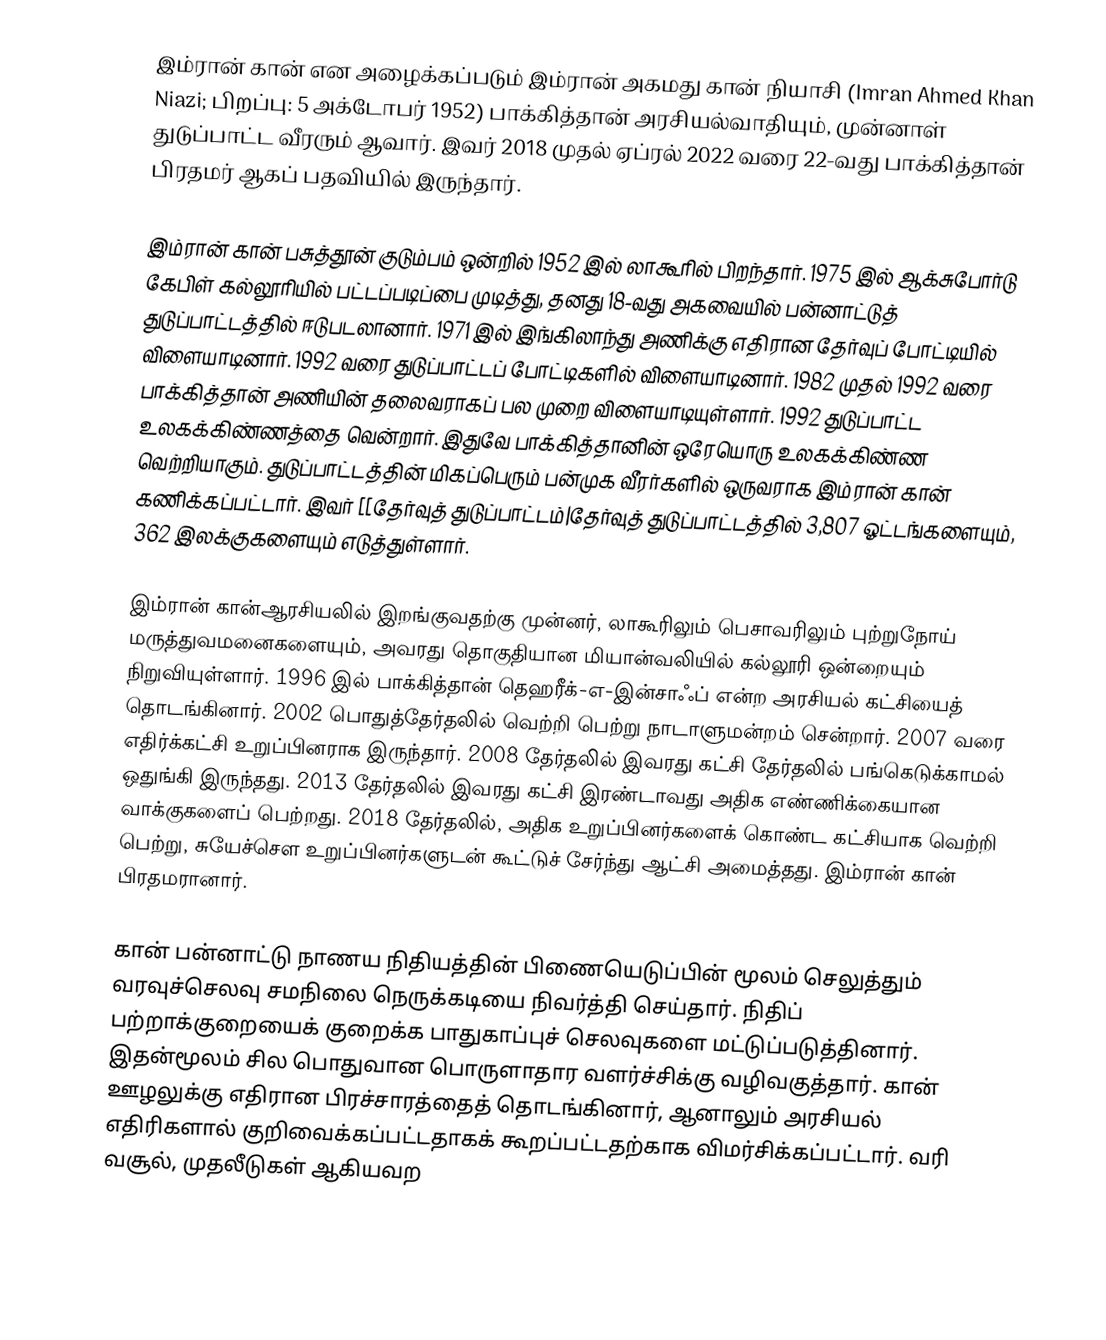
இம்ரான் கான் என அழைக்கப்படும் இம்ரான் அகமது கான் நியாசி (Imran Ahmed Khan Niazi; பிறப்பு: 5 அக்டோபர் 1952) பாக்கித்தான் அரசியல்வாதியும், முன்னாள் துடுப்பாட்ட வீரரும் ஆவார். இவர் 2018 முதல் ஏப்ரல் 2022 வரை 22-வது பாக்கித்தான் பிரதமர் ஆகப் பதவியில் இருந்தார்.

இம்ரான் கான் பசுத்தூன் குடும்பம் ஒன்றில் 1952 இல் லாகூரில் பிறந்தார். 1975 இல் ஆக்சுபோர்டு கேபிள் கல்லூரியில் பட்டப்படிப்பை முடித்து, தனது 18-வது அகவையில் பன்னாட்டுத் துடுப்பாட்டத்தில் ஈடுபடலானார். 1971 இல் இங்கிலாந்து அணிக்கு எதிரான தேர்வுப் போட்டியில் விளையாடினார். 1992 வரை துடுப்பாட்டப் போட்டிகளில் விளையாடினார். 1982 முதல் 1992 வரை பாக்கித்தான் அணியின் தலைவராகப் பல முறை விளையாடியுள்ளார். 1992 துடுப்பாட்ட உலகக்கிண்ணத்தை வென்றார். இதுவே பாக்கித்தானின் ஒரேயொரு உலகக்கிண்ண வெற்றியாகும். துடுப்பாட்டத்தின் மிகப்பெரும் பன்முக வீரர்களில் ஒருவராக இம்ரான் கான் கணிக்கப்பட்டார். இவர் [[தேர்வுத் துடுப்பாட்டம்|தேர்வுத் துடுப்பாட்டத்தில் 3,807 ஓட்டங்களையும், 362 இலக்குகளையும் எடுத்துள்ளார்.

இம்ரான் கான்ஆரசியலில் இறங்குவதற்கு முன்னர்,  லாகூரிலும் பெசாவரிலும் புற்றுநோய் மருத்துவமனைகளையும், அவரது தொகுதியான மியான்வலியில் கல்லூரி ஒன்றையும் நிறுவியுள்ளார். 1996 இல் பாக்கித்தான் தெஹரீக்-எ-இன்சாஃப் என்ற அரசியல் கட்சியைத் தொடங்கினார். 2002 பொதுத்தேர்தலில் வெற்றி பெற்று நாடாளுமன்றம் சென்றார். 2007 வரை எதிர்க்கட்சி உறுப்பினராக இருந்தார். 2008 தேர்தலில் இவரது கட்சி தேர்தலில் பங்கெடுக்காமல் ஒதுங்கி இருந்தது. 2013 தேர்தலில் இவரது கட்சி இரண்டாவது அதிக எண்ணிக்கையான வாக்குகளைப் பெற்றது. 2018 தேர்தலில், அதிக உறுப்பினர்களைக் கொண்ட கட்சியாக வெற்றி பெற்று, சுயேச்சௌ உறுப்பினர்களுடன் கூட்டுச் சேர்ந்து ஆட்சி அமைத்தது. இம்ரான் கான் பிரதமரானார்.

கான் பன்னாட்டு நாணய நிதியத்தின் பிணையெடுப்பின் மூலம் செலுத்தும் வரவுச்செலவு சமநிலை நெருக்கடியை நிவர்த்தி செய்தார். நிதிப் பற்றாக்குறையைக் குறைக்க பாதுகாப்புச் செலவுகளை மட்டுப்படுத்தினார். இதன்மூலம் சில பொதுவான பொருளாதார வளர்ச்சிக்கு வழிவகுத்தார். கான் ஊழலுக்கு எதிரான பிரச்சாரத்தைத் தொடங்கினார், ஆனாலும் அரசியல் எதிரிகளால் குறிவைக்கப்பட்டதாகக் கூறப்பட்டதற்காக விமர்சிக்கப்பட்டார். வரி வசூல், முதலீடுகள் ஆகியவற